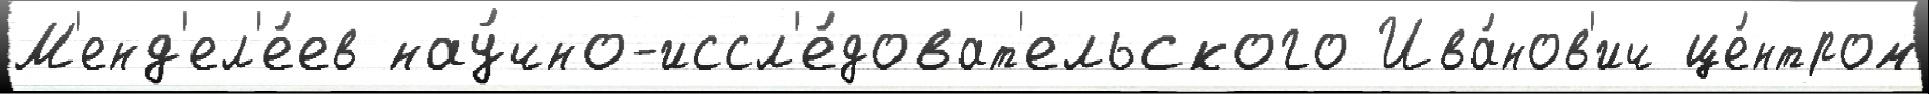
М'енд'ел'е́ев нау́чно-иссл'е́доват'ельского Ива́нов'ич це́нтром